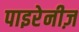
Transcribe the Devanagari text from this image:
पाइरेनीज़